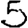
Digit: 5